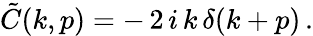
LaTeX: \tilde{C}(k,p)=-\, 2\, i\, k\, \delta(k+p)\, .